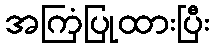
အကြံပြုထားပြီး